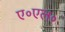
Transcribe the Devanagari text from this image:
ए॰एल॰